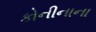
કોનીનાના